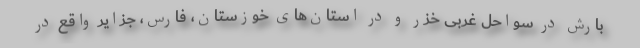
بارش در سواحل غربی خزر و در استان‌های خوزستان، فارس، جزایر واقع در